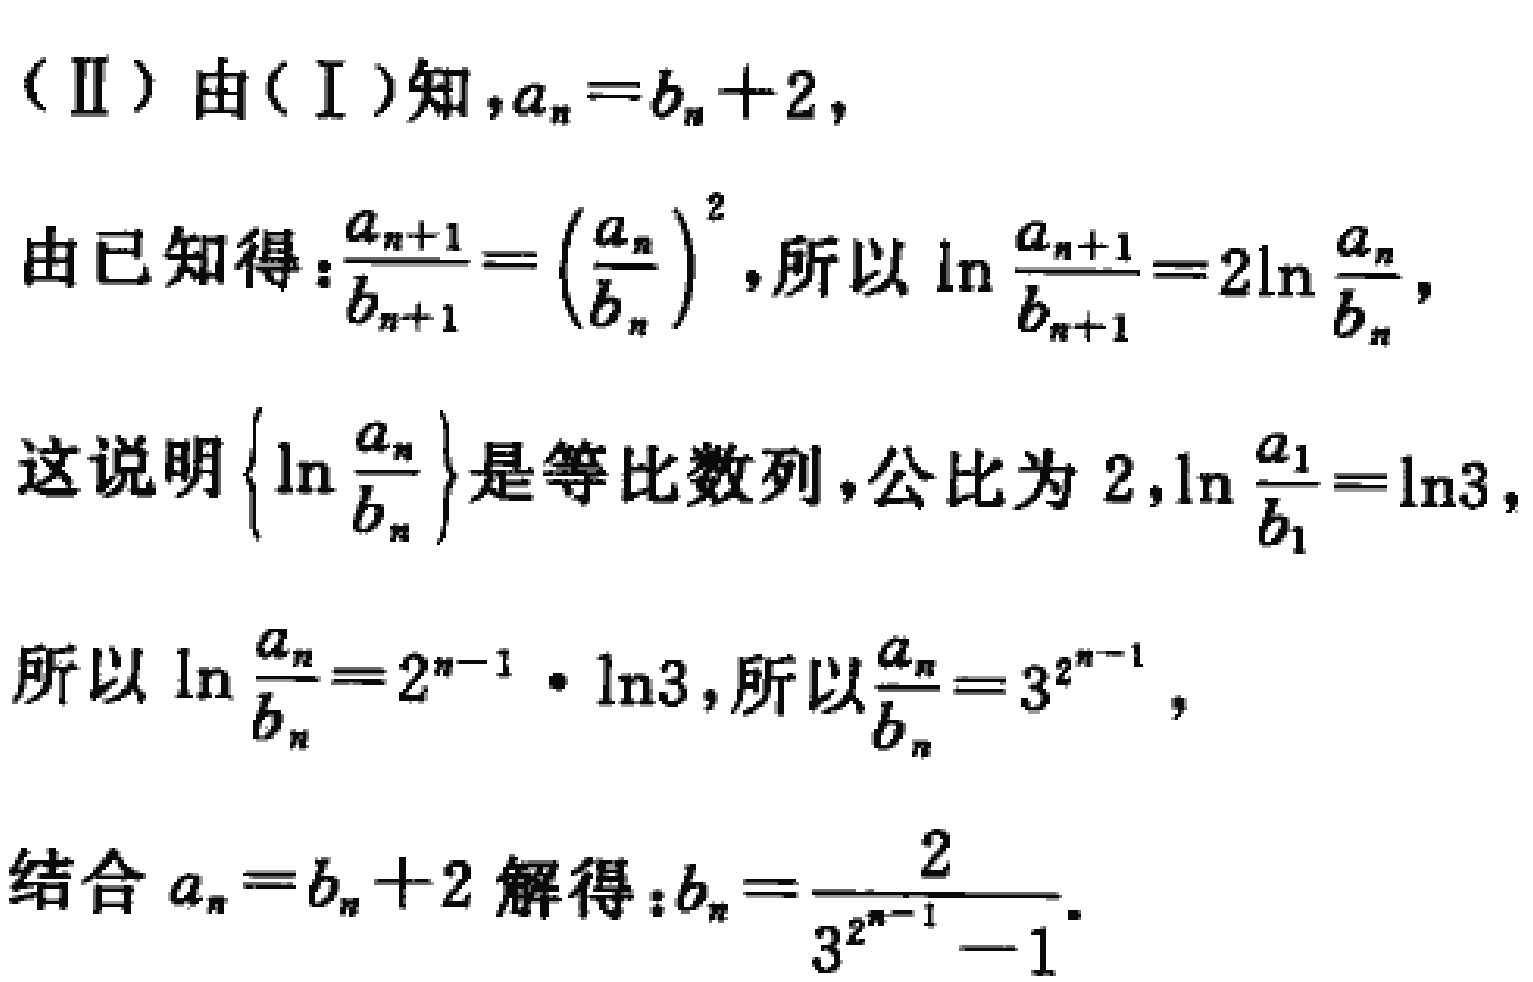
（II）由（I）知，\(a_{n}=b_{n}+2\)，
由已知得：\(\frac{a_{n + 1}}{b_{n + 1}} = (\frac{a_{n}}{b_{n}})^2\)，所以\(\ln\frac{a_{n + 1}}{b_{n + 1}} = 2\ln\frac{a_{n}}{b_{n}}\)，
这说明\(\{\ln\frac{a_{n}}{b_{n}}\}\)是等比数列，公比为 \(2\)，\(\ln\frac{a_{1}}{b_{1}}=\ln3\)，
所以\(\ln\frac{a_{n}}{b_{n}} = 2^{n - 1}\cdot\ln3\)，所以\(\frac{a_{n}}{b_{n}} = 3^{2^{n - 1}}\)，
结合\(a_{n}=b_{n}+2\)解得：\(b_{n}=\frac{2}{3^{2^{n - 1}} - 1}\)。